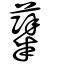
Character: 糵